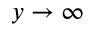
y \rightarrow \infty